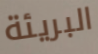
البريئة